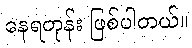
နေရတုန်း ဖြစ်ပါတယ်။